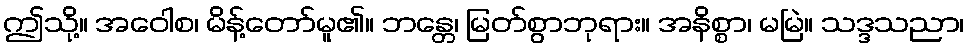
ဤသို့။ အဝေါစ၊ မိန့်တော်မူ၏။ ဘန္တေ၊ မြတ်စွာဘုရား။ အနိစ္စာ၊ မမြဲ။ သဒ္ဒသညာ၊